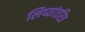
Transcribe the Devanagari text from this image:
लिप्यांतरित